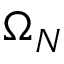
\Omega _ { N }